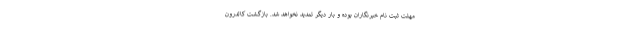
مهلت ثبت نام خبرنگاران بوده و بار دیگر تمدید نخواهد شد. بازگشت کالدرون